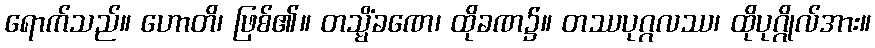
ရောက်သည်။ ဟောတိ၊ ဖြစ်၏။ တသ္မိံခဏေ၊ ထိုခဏ၌။ တဿပုဂ္ဂလဿ၊ ထိုပုဂ္ဂိုလ်အား။